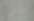
ماهى